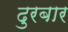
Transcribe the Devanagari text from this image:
दुरबार